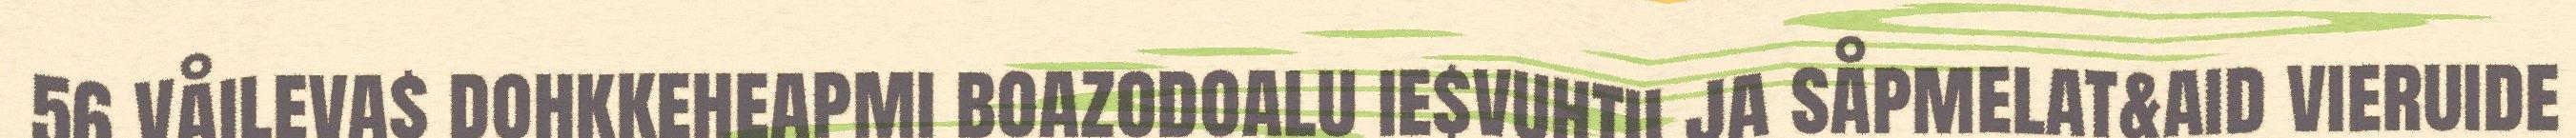
56 Våileva$ dohkkeheapmi boazodoalu ie$vuhtii ja såpmelat&aid vieruide